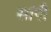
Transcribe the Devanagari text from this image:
सांपी